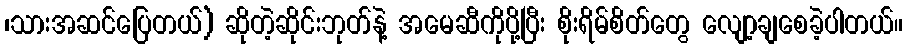
၊သားအဆင်ပြေတယ်) ဆိုတဲ့ဆိုင်းဘုတ်နဲ့ အမေဆီကိုပို့ပြီး စိုးရိမ်စိတ်တွေ လျော့ချစေခဲ့ပါတယ်။